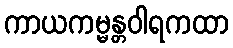
ကာယကမ္မန္တဝါရကထာ